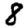
Digit: 8